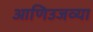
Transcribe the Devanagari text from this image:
आणिउजव्या